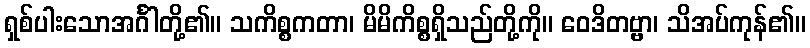
ရှစ်ပါးသောအင်္ဂါတို့၏။ သကိစ္စကတာ၊ မိမိကိစ္စရှိသည်တို့ကို။ ဝေဒိတဗ္ဗာ၊ သိအပ်ကုန်၏။